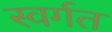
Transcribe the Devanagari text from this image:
स्वर्गत